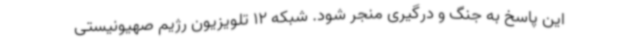
این پاسخ به جنگ و درگیری منجر شود. شبکه 12 تلویزیون رژیم صهیونیستی